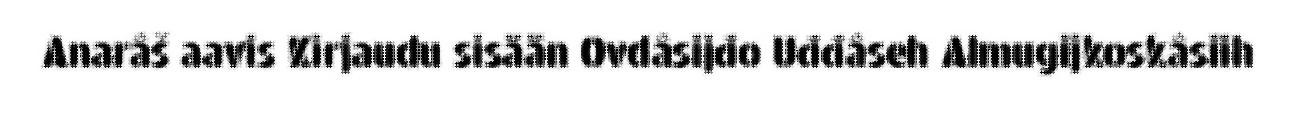
Anarâš aavis Kirjaudu sisään Ovdâsijđo Uđđâseh Almugijkoskâsiih